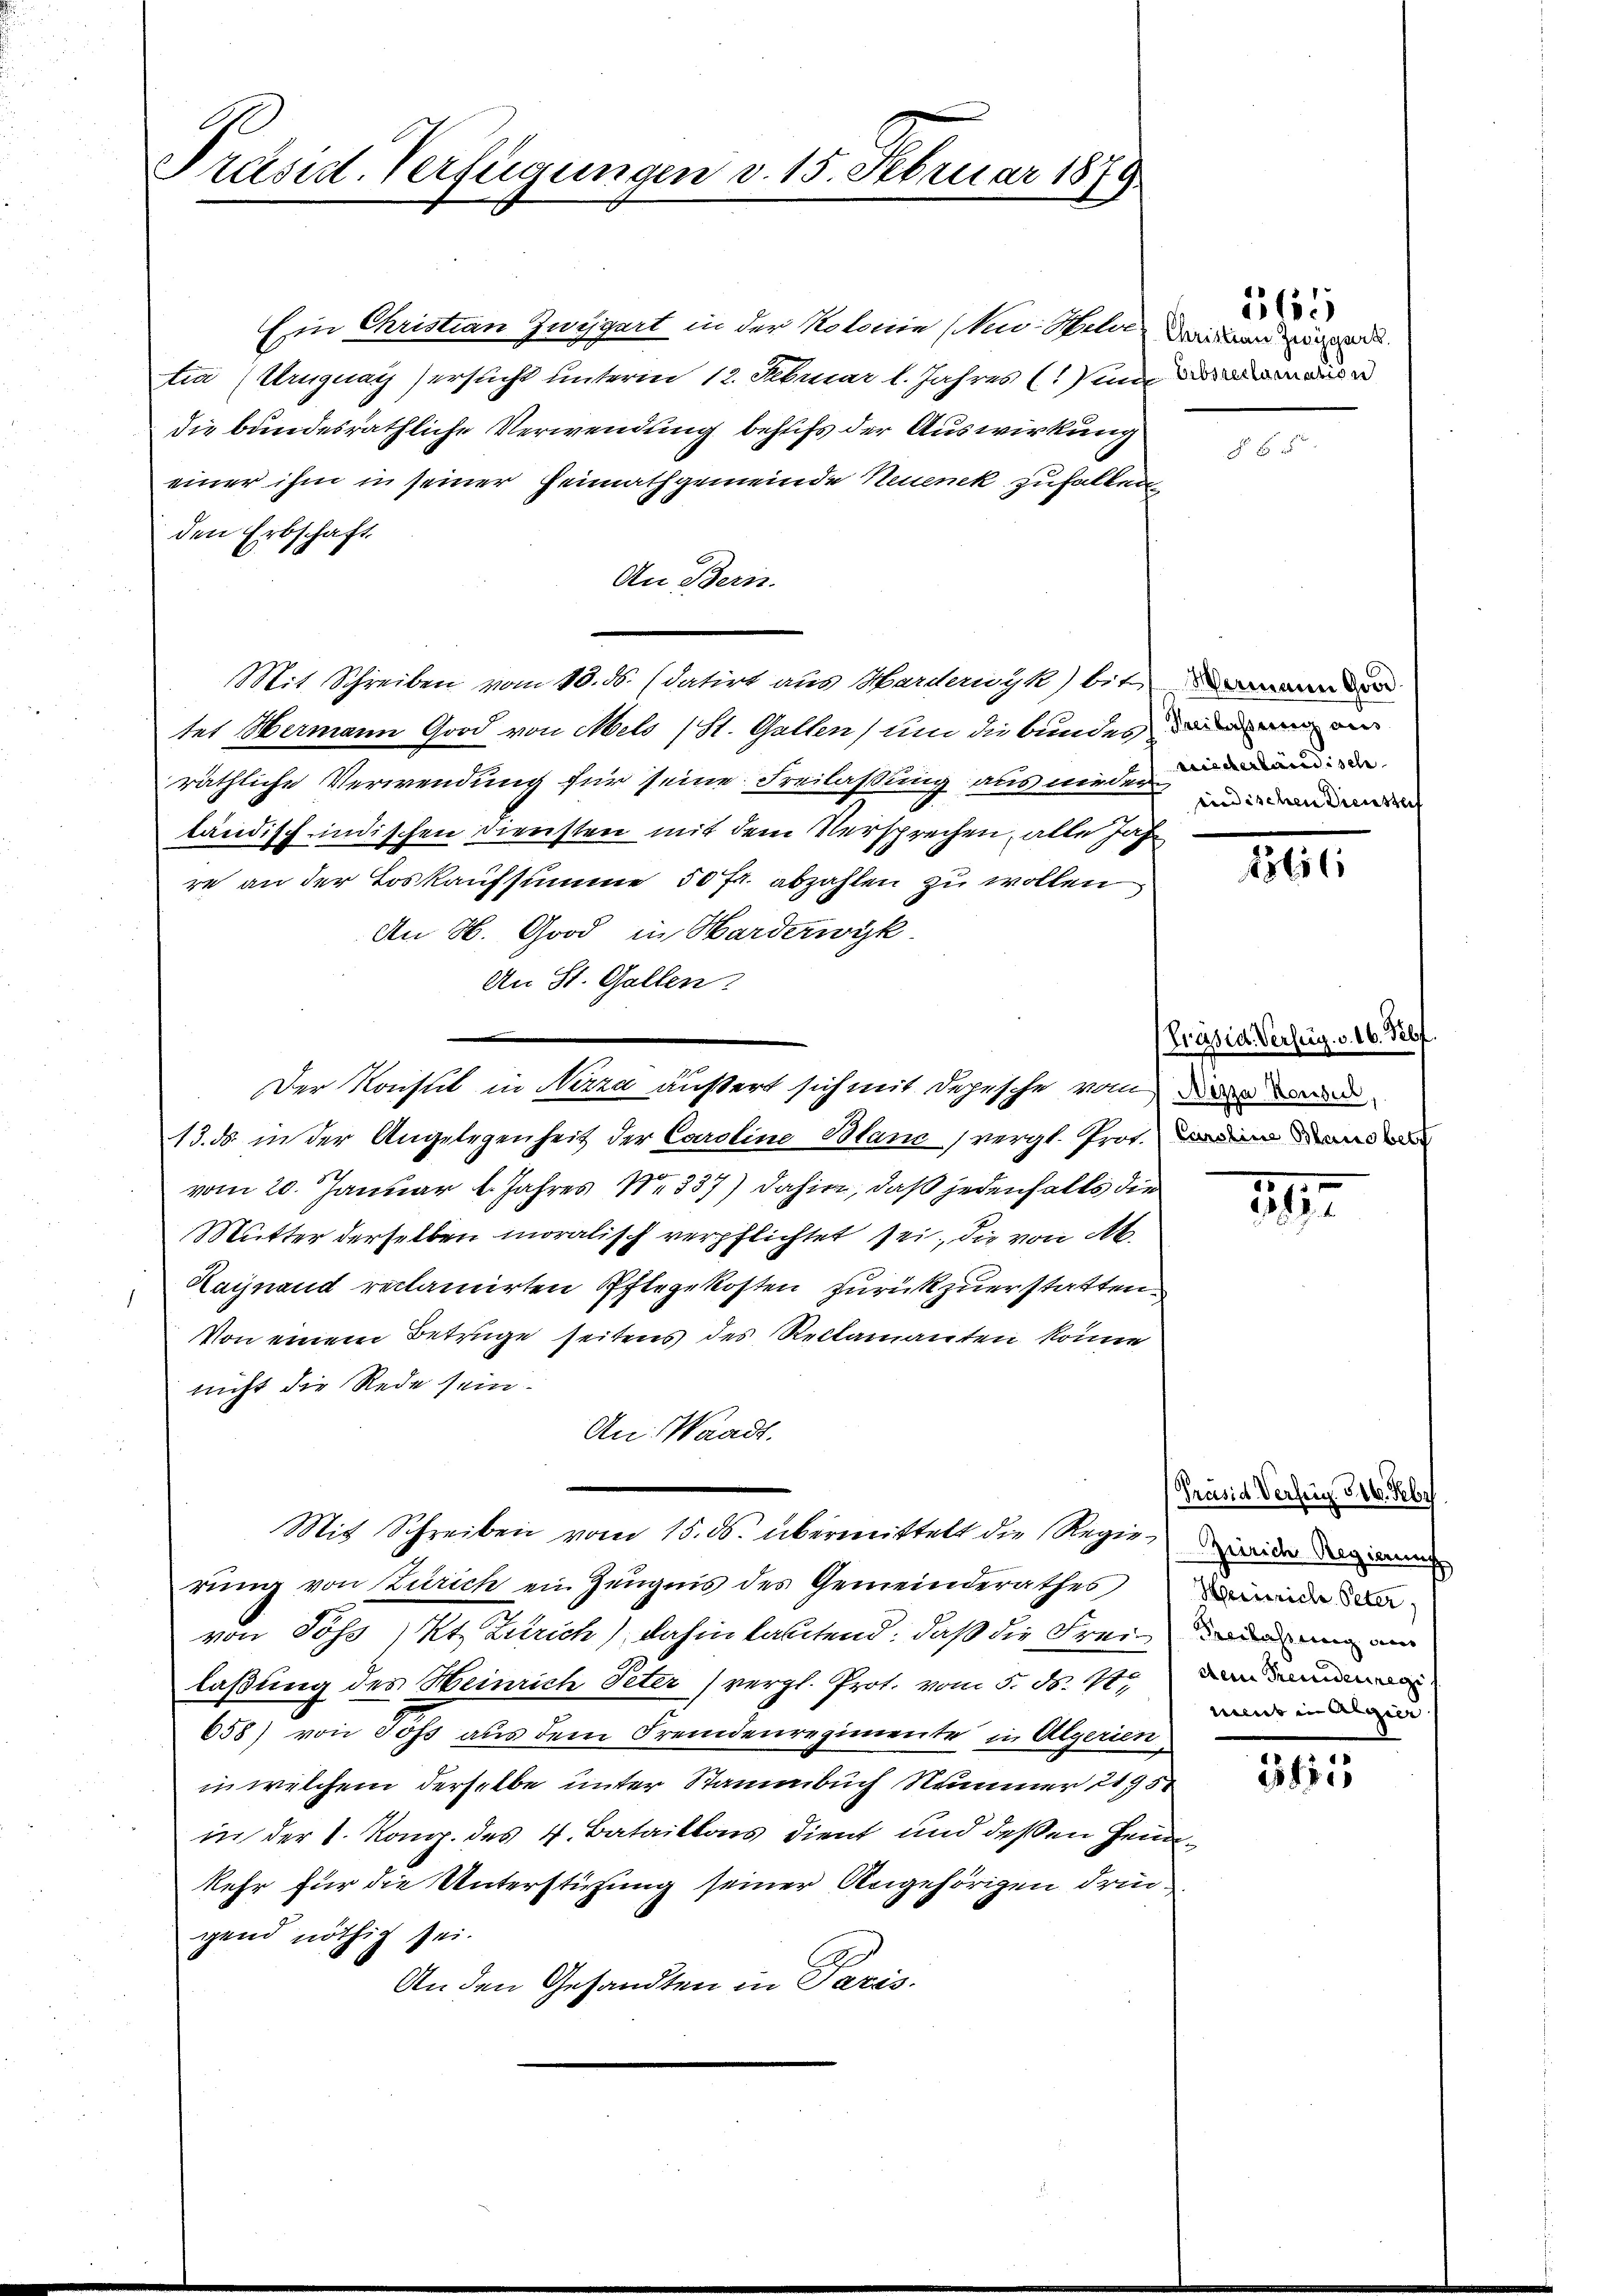
Präsid-Verfügungen v. 15. Februar 1879

Ein Christian Zugart in der Notonie Nur Stile, Dein und er
tra (Uruguay) ersucht unterm 12. Februar l. Jahres () um aus
die bundesräthliche Verwendung behufs der Auswirkung
einer ihm in seiner Heimathgemeinde Neueneck zuhalten
den Erbschaft
An Bern.
Mit Schreiben vom 18. ds. (datirt aus Harderwyk) bis
tet Hermann Good von Mels (St. Gallen, um die bundes dem an
räthliche Verwendung für seine Freilassung aus wieder
ländisch-indischen Diensten mit dem Versprechen, alle Jah
re an der Loskaufsumme 50 fr. abzahlen zu wollen
An H. Good in Hardezwyk
An St. Gallen
13. ds. in der Angelegenheit der Caroline Blanz vergl. Prot. in en
vom 20. Januar l. Jahres No 337) dahin, daß jedenfalls die
Mutter derselben moralisch verpflichtet sei, die von Al.
Lainand reclamirten Pflegekosten zurückzuerstatten.
Von einem Betrüge seitens des Reclamanten könne
nicht die Rede sein.
An Waadt.
Mit Schreiben vom 15. ds. übermittelt die Regie wider das waren
rung von Zürich ein Zeugnis des Gemeinderathes
von Poss Kt. Zürich) dahin lautend: daß die Freilaßung des Heinrich Peter (vergl. Prot. vom 5. ds. 4
658) von Joss aus dem Fremdenregimente in Algerien
in welchem derselbe unter Stammbuch Nummer 2195
in der 1. Komp. des 4. Bataillons dient und deßen Hein
kehr für die Unterstüzung seiner Angehörigen dringend nöthig sei.
An den Gesandten in Paris.

Der Konstit in Nizza äußert sich mit Depesche von der

5655

indischen Diensteif

töll

Präsid. Verlug. v. 16. Febr

19

Präsid Verzug. 316. Febr.
Heinrich Peter,
Freilassung draus
steine Freundesregi |
meus in Algier

365